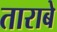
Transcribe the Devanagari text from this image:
ताराबे